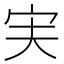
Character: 𫲷